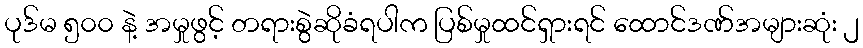
ပုဒ်မ ၅၀၀ နဲ့ အမှုဖွင့် တရားစွဲဆိုခံရပါက ပြစ်မှုထင်ရှားရင် ထောင်ဒဏ်အများဆုံး ၂